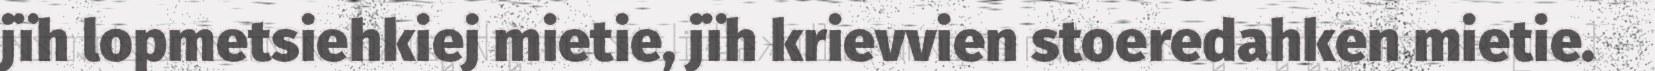
jïh lopmetsiehkiej mietie, jïh krievvien stoeredahken mietie.